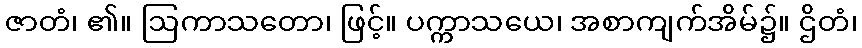
ဇာတံ၊ ၏။ ဩကာသတော၊ ဖြင့်။ ပက္ကာသယေ၊ အစာကျက်အိမ်၌။ ဌိတံ၊